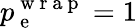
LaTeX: p_{\mathrm{~e~}}^{\mathrm{~w~r~a~p~}}=1